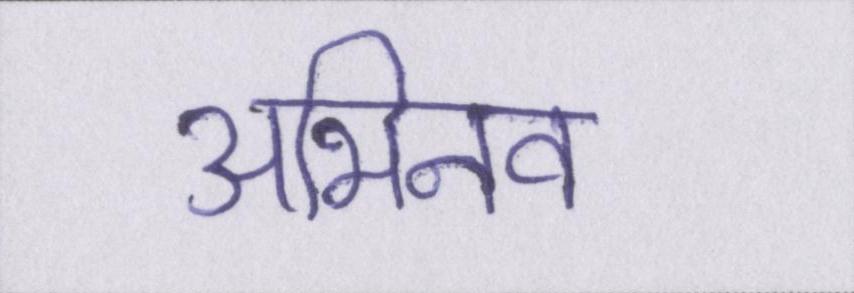
अभिनव